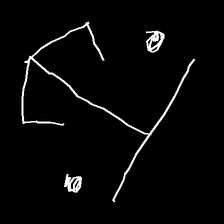
Glyph: earth